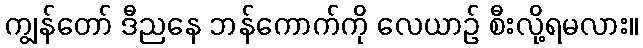
ကျွန်တော် ဒီညနေ ဘန်ကောက်ကို လေယာဉ် စီးလို့ရမလား။